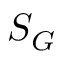
S _ { G }